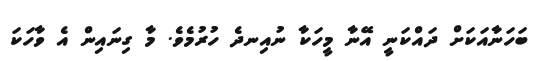
ބަހަނާއަކަށް ދައްކަނީ އޭނާ މީހަކާ ނުއިނދެ ހުރުމެވެ. މާ ގިނައިން އެ ވާހަކަ